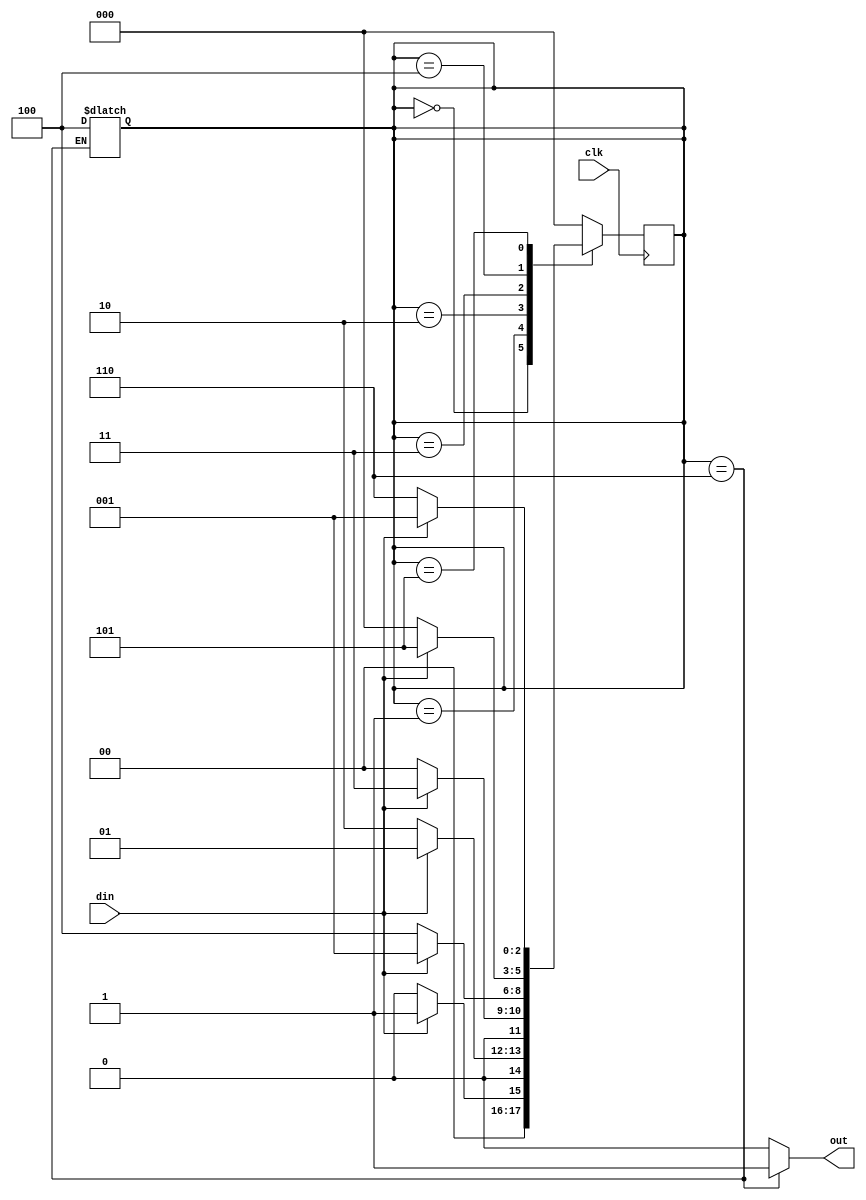
`timescale 1ns / 1ps
//////////////////////////////////////////////////////////////////////////////////
// Company: 
// Engineer: 
// 
// Design Name: 
// Module Name: sequence
// Project Name: 
// Target Devices: 
// Tool Versions: 
// Description: 
// 
// Dependencies: 
// 
// Revision:
// Revision 0.01 - File Created
// Additional Comments:
// 
//////////////////////////////////////////////////////////////////////////////////


module sequence(clk,din,out);
input clk,din;
output reg out;
parameter s0=0,s1=1,s2=2,s3=3,s4=4,s5=5,s6=6;
reg [2:0] state;

always@(posedge clk)
    begin
    case(state)
    s0: state <= din? s1:s0;
    s1: state <= din? s1:s2;
    s2: state <= din? s3:s0;
    s3: state <= din? s1:s4;
    s4: state <= din? s5:s0;
    s5: state <= din? s1:s6;
    default state <= s0;
    endcase
    end
    
always@(state)
    begin
    case(state)
    s0: out = 1'b0;
    s1: out = 1'b0;
    s2: out = 1'b0;
    s3: out = 1'b0;
    s4: out = 1'b0;
    s5: out = 1'b0;
    s6: begin
        out = 1'b1;
        state = s4;
        end
    default out = 0;
    endcase
    end         
endmodule